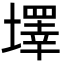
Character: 墿